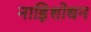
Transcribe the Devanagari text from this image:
नाड़िशोधन